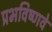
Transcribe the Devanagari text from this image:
प्रभविष्णवे